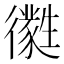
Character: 㣸